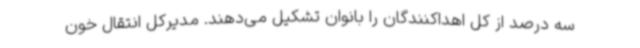
سه درصد از کل اهداکنندگان را بانوان تشکیل می‌دهند. مدیرکل انتقال خون